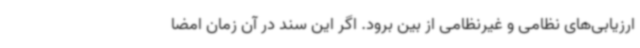
ارزیابی‌های نظامی و غیرنظامی از بین برود. اگر این سند در آن زمان امضا